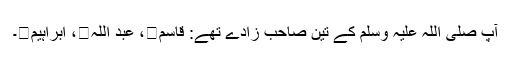
آپ صلی اللہ علیہ وَسلم کے تین صاحب زادے تھے: قاسم، عبد اللہ، اِبراہیم۔